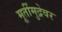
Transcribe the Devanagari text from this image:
मूर्तीमुद्रेवर